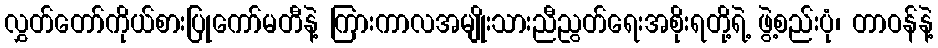
လွှတ်တော်ကိုယ်စားပြုကော်မတီနဲ့ ကြားကာလအမျိုးသားညီညွတ်ရေးအစိုးရတို့ရဲ့ ဖွဲ့စည်းပုံ၊ တာဝန်နဲ့